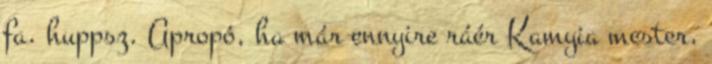
fa. huppsz. Apropó, ha már ennyire ráér Kamyia mester,